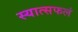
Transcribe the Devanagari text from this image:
स्यात्सफलं